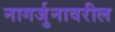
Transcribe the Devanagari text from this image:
नागर्जुनावरील